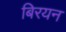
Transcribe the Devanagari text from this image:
बिरयन